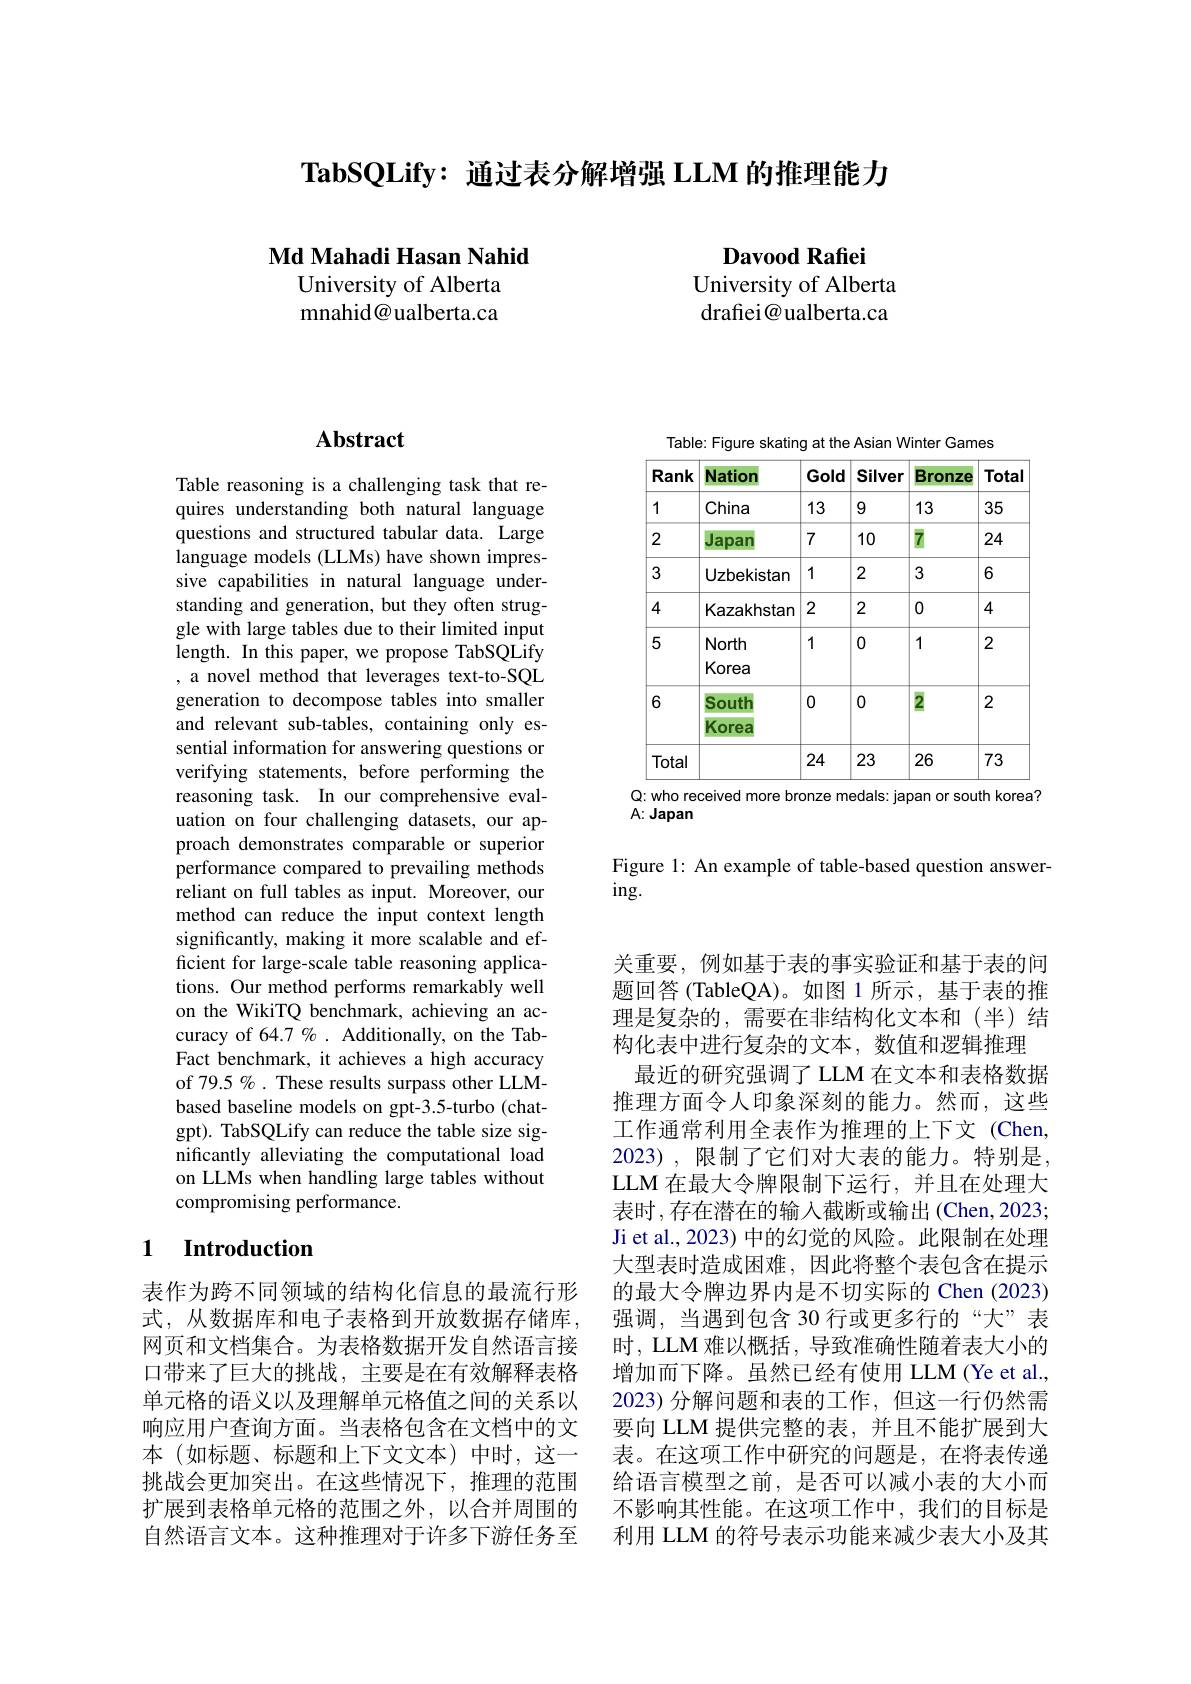
$\textbf{TabSQLify: 通 过 表 分 解 增 强 LLM 的 推 理 能 力 }$

Md Mahadi Hasan Nahid
University of Alberta mnahid@ualberta.ca

Davood Rafiei
University of Alberta drafiei@ualberta.ca

## Abstract

Table reasoning is a challenging task that requires understanding both natural language questions and structured tabular data. Large language models (LLMs) have shown impressive capabilities in natural language understanding and generation, but they often struggle with large tables due to their limited input length. In this paper, we propose TabSQLify , a novel method that leverages text-to-SQL generation to decompose tables into smaller and relevant sub-tables, containing only essential information for answering questions or verifying statements, before performing the reasoning task. In our comprehensive evaluation on four challenging datasets, our approach demonstrates comparable or superior performance compared to prevailing methods $\hat{\text{reliant on full tables as input. Moreover, our}}$ method can reduce the input context length significantly, making it more scalable and efficient for large-scale table reasoning applications. Our method performs remarkably well on the WikiTQ benchmark, achieving an accuracy of 64.7 % . Additionally, on the TabFact benchmark, it achieves a high accuracy of 79.5 % . These results surpass other LLMbased baseline models on gpt-3.5-turbo (chatgpt). TabSQLify can reduce the table size significantly alleviating the computational load on LLMs when handling large tables without compromising performance.

## 1 Introduction

表作为跨不同领域的结构化信息的最流行形式，从数据库和电子表格到开放数据存储库， 网页和文档集合。为表格数据开发自然语言接口带来了巨大的挑战，主要是在有效解释表格单元格的语义以及理解单元格值之间的关系以响应用户查询方面。当表格包含在文档中的文本(如标题、标题和上下文文本)中时，这一挑战会更加突出。在这些情况下，推理的范围扩展到表格单元格的范围之外，以合并周围的自然语言文本。这种推理对于许多下游任务至

Table: Figure skating at the Asian Winter Games
<table>
	<tbody>
		<tr>
			<th>Rank</th>
			<th>Nation</th>
			<th>Gold</th>
			<th>Silver</th>
			<th>Bronze</th>
			<th>Total</th>
		</tr>
		<tr>
			<td>1</td>
			<td>China</td>
			<td>13</td>
			<td>9</td>
			<td>13</td>
			<td>35</td>
		</tr>
		<tr>
			<td>2</td>
			<td>Japan</td>
			<td>7</td>
			<td>10</td>
			<td>$\overline{7}$</td>
			<td>24</td>
		</tr>
		<tr>
			<td>3</td>
			<td>Uzbekistan</td>
			<td>1</td>
			<td>2</td>
			<td>3</td>
			<td>6</td>
		</tr>
		<tr>
			<td>4</td>
			<td>Kazakhstan</td>
			<td>2</td>
			<td>2</td>
			<td>0</td>
			<td>4</td>
		</tr>
		<tr>
			<td>5</td>
			<td>North Korea</td>
			<td>1</td>
			<td>0</td>
			<td>1</td>
			<td>2</td>
		</tr>
		<tr>
			<td rowspan="1">6</td>
			<td>South Korea</td>
			<td>0</td>
			<td>0</td>
			<td>2</td>
			<td>2</td>
		</tr>
		<tr>
			<td>Total</td>
			<td> </td>
			<td>24</td>
			<td>23</td>
			<td>26</td>
			<td>73</td>
		</tr>
	</tbody>
</table>
Q: who received more bronze medals: japan or south korea?

A: Japan

Figure 1: An example of table-based question answer-
$ing.$

关重要，例如基于表的事实验证和基于表的问题回答(TableQA)。如图 1 所示，基于表的推理是复杂的，需要在非结构化文本和(半)结构化表中进行复杂的文本，数值和逻辑推理
最近的研究强调了 LLM 在文本和表格数据推理方面令人印象深刻的能力。然而，这些工作通常利用全表作为推理的上下文 (Chen, 2023), 限制了它们对大表的能力。特别是， LLM 在最大令牌限制下运行，并且在处理大表时，存在潜在的输入截断或输出(Chen,2023; Ji et al., 2023) 中的幻觉的风险。此限制在处理大型表时造成困难，因此将整个表包含在提示的最大令牌边界内是不切实际的 Chen (2023) 强调，当遇到包含 30 行或更多行的“大”表时，LLM 难以概括，导致准确性随着表大小的增加而下降。虽然已经有使用 LLM (Ye et al., 2023)分解问题和表的工作，但这一行仍然需要向 LLM 提供完整的表，并且不能扩展到大表。在这项工作中研究的问题是，在将表传递给语言模型之前，是否可以减小表的大小而不影响其性能。在这项工作中，我们的目标是利用 LLM 的符号表示功能来减少表大小及其